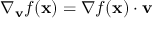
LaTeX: \nabla _ { \mathbf { v } } { f } ( \mathbf { x } ) = \nabla f ( \mathbf { x } ) \cdot \mathbf { v }